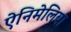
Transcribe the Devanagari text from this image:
ऐनिमेलिया